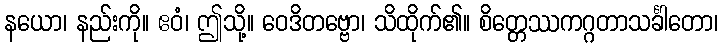
နယော၊ နည်းကို။ ဧဝံ၊ ဤသို့။ ဝေဒိတဗ္ဗော၊ သိထိုက်၏။ စိတ္တေဿကဂ္ဂတာသင်္ခါတော၊